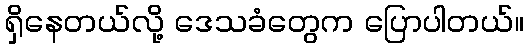
ရှိနေတယ်လို့ ဒေသခံတွေက ပြောပါတယ်။